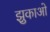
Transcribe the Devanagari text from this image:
झुकाओ